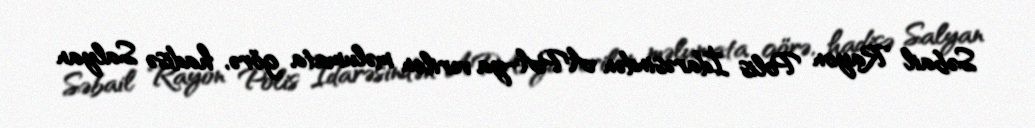
Səbail Rayon Polis İdarəsindən APA-ya verilən məlumata görə, hadisə Salyan